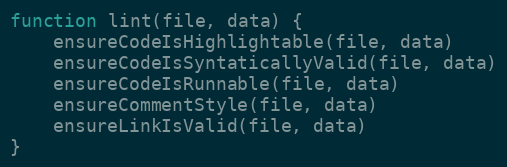
Language: JavaScript
function lint(file, data) {
	ensureCodeIsHighlightable(file, data)
	ensureCodeIsSyntaticallyValid(file, data)
	ensureCodeIsRunnable(file, data)
	ensureCommentStyle(file, data)
	ensureLinkIsValid(file, data)
}